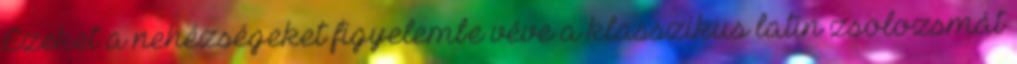
Ezeket a nehézségeket figyelembe véve a klasszikus latin zsolozsmát